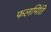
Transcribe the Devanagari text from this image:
फलमिति